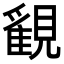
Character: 𧢉